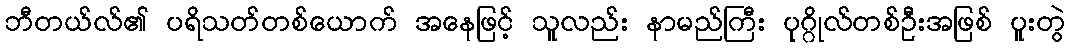
ဘီတယ်လ်၏ ပရိသတ်တစ်ယောက် အနေဖြင့် သူလည်း နာမည်ကြီး ပုဂ္ဂိုလ်တစ်ဦးအဖြစ် ပူးတွဲ